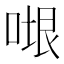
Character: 𭈷